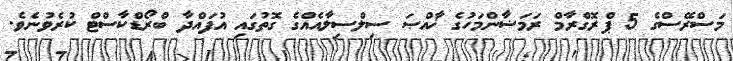
މަސްރޭސްގެ 5 ޕްރޮގްރާމް ރަމަޟާންމަހުގެ ޚާއްޞަ ސިލްސިލާއެއްގެ ގޮތުގައި އުފައްދާ ބްރޯޑްކާސްޓް ކުރެވުނެވެ.